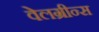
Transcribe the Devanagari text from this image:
वेलग्रीन्स